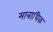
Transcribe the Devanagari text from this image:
मात्राधिक